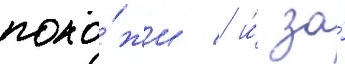
похо́жи / и́ за́